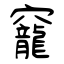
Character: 竉